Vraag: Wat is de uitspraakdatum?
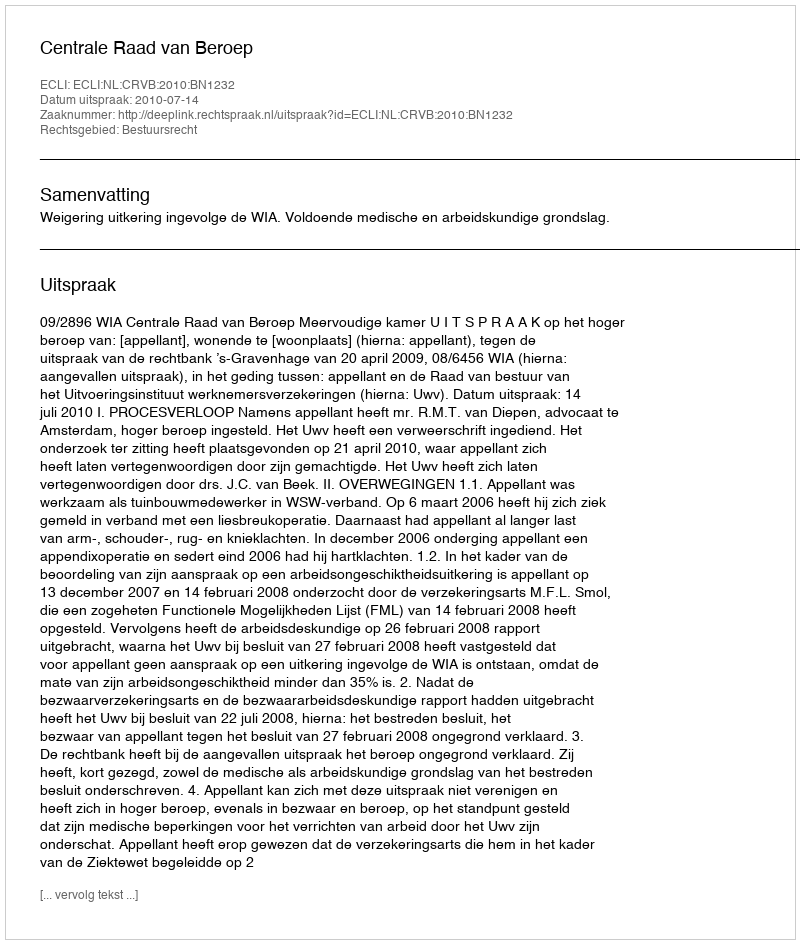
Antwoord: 2010-07-14